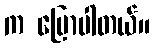
က ပြောပါတယ်။